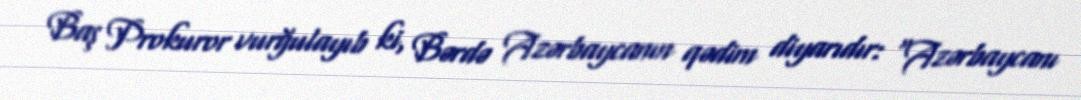
Baş Prokuror vurğulayıb ki, Bərdə Azərbaycanın qədim diyarıdır: “Azərbaycanı